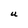
Character: U